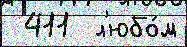
 411  л'юбо́м